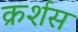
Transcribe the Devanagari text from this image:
क्रर्शस